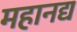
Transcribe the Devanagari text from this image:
महानद्य